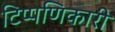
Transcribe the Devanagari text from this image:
टिप्पणिकारी